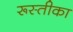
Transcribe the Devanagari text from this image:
रूस्तीका